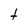
Character: t